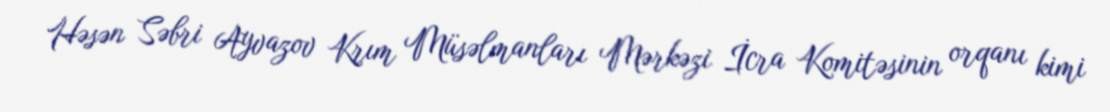
Həsən Səbri Ayvazov Krım Müsəlmanları Mərkəzi İcra Komitəsinin orqanı kimi